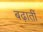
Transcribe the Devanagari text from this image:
बढ़ातीं